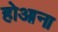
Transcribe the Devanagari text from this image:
होआना